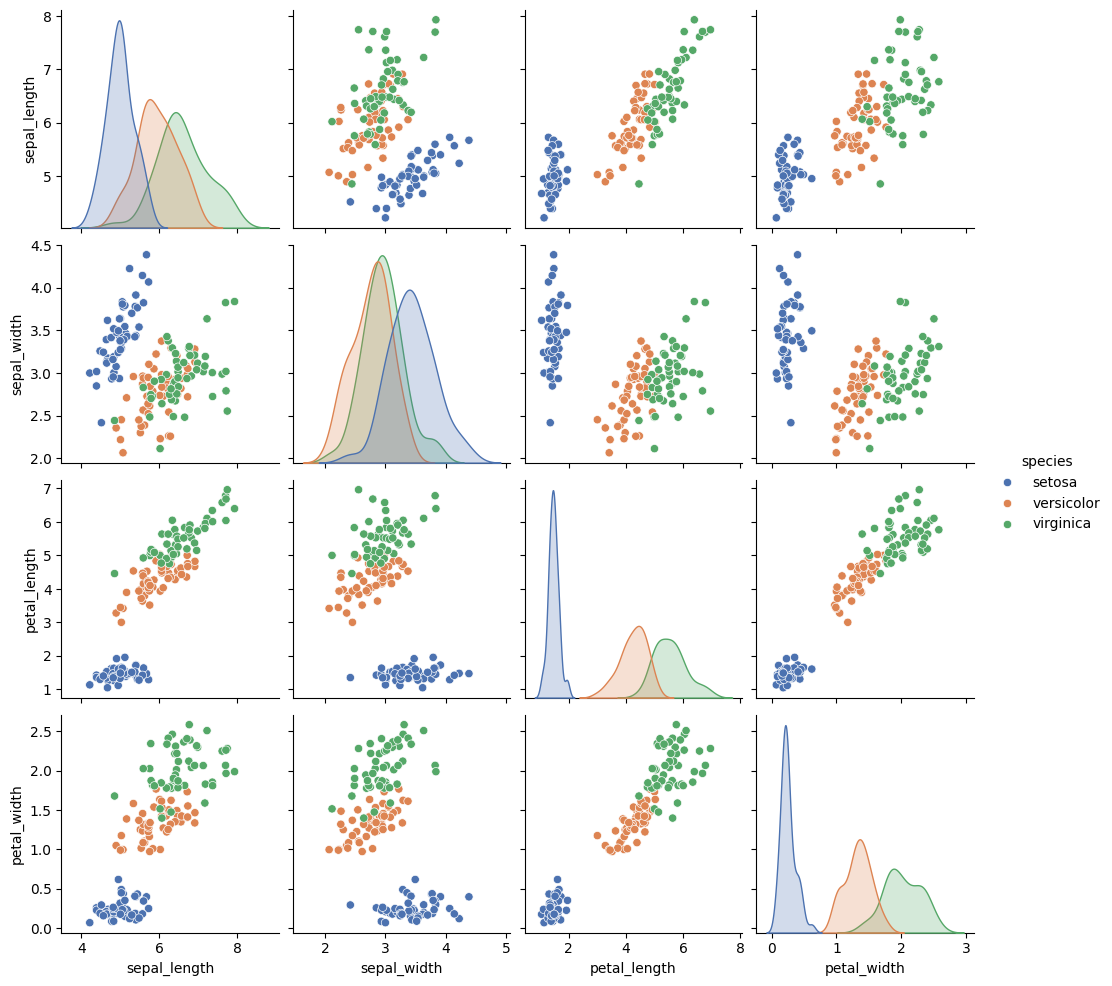
python, seaborn, pairplot, palette='deep', markers=['o'], kind='scatter', diag_kind='auto'